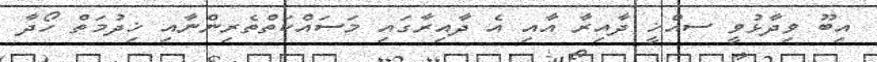
އިބޫ ވިދާޅުވީ ސއްޚީ ދާއިރާ އާއި އެ ދާއިރާގައި މަސައްކަތްތެރިންނާއި ޚިދުމަތް ހޯދާ